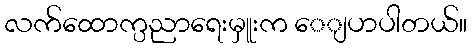
လက်ထောက္ပညာရေးမှူးက ေျပာပါတယ်။